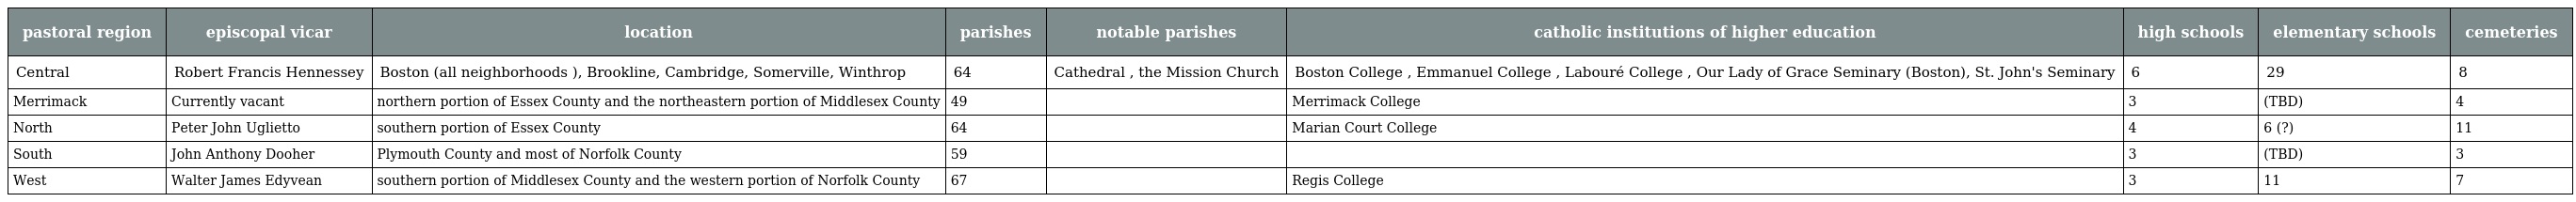
| pastoral region | episcopal vicar | location | parishes | notable parishes | catholic institutions of higher education | high schools | elementary schools | cemeteries |
 | --- | --- | --- | --- | --- | --- | --- | --- | --- |
 | Central | Robert Francis Hennessey | Boston (all neighborhoods ), Brookline, Cambridge, Somerville, Winthrop | 64 | Cathedral , the Mission Church | Boston College , Emmanuel College , Labouré College , Our Lady of Grace Seminary (Boston), St. John's Seminary | 6 | 29 | 8 |
 | Merrimack | Currently vacant | northern portion of Essex County and the northeastern portion of Middlesex County | 49 |  | Merrimack College | 3 | (TBD) | 4 |
 | North | Peter John Uglietto | southern portion of Essex County | 64 |  | Marian Court College | 4 | 6 (?) | 11 |
 | South | John Anthony Dooher | Plymouth County and most of Norfolk County | 59 |  |  | 3 | (TBD) | 3 |
 | West | Walter James Edyvean | southern portion of Middlesex County and the western portion of Norfolk County | 67 |  | Regis College | 3 | 11 | 7 |